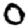
Digit: 0